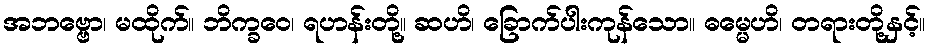
အဘဗ္ဗော၊ မထိုက်။ ဘိက္ခဝေ၊ ရဟန်းတို့။ ဆဟိ၊ ခြောက်ပါးကုန်သော။ ဓမ္မေဟိ၊ တရားတို့နှင့်။